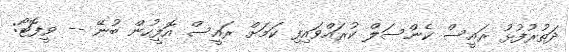
ދަތުރުފުޅު ރައީސް ކެންސަލް ކުރައްވައިފި ކަމަށް ރައީސް އޮފީހުން ބުނޭ -- ވީފޮޓޯ: